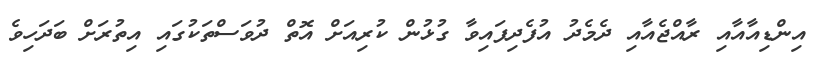
އިންޑިއާއާއި ރާއްޖެއާއި ދެމެދު އުފެދިފައިވާ ގުޅުން ކުރިއަށް އޮތް ދުވަސްތަކުގައި އިތުރަށް ބަދަހިވެ